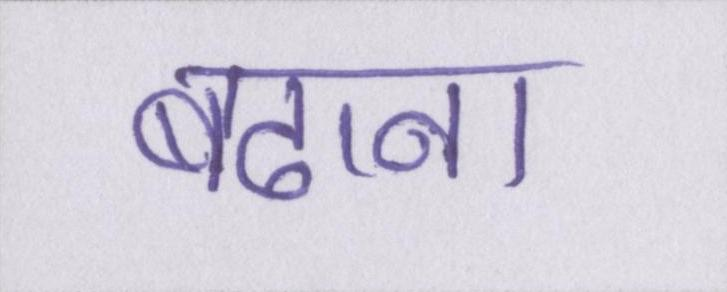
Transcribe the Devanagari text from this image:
बढाना